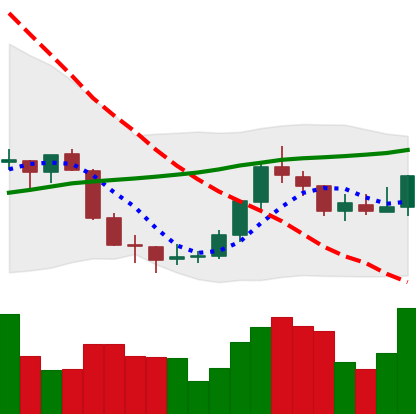
Ticker: EOS-USD
Chart end date: 2018-07-24
Forward return: -3.018%
Label: down_3_5